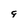
Character: q